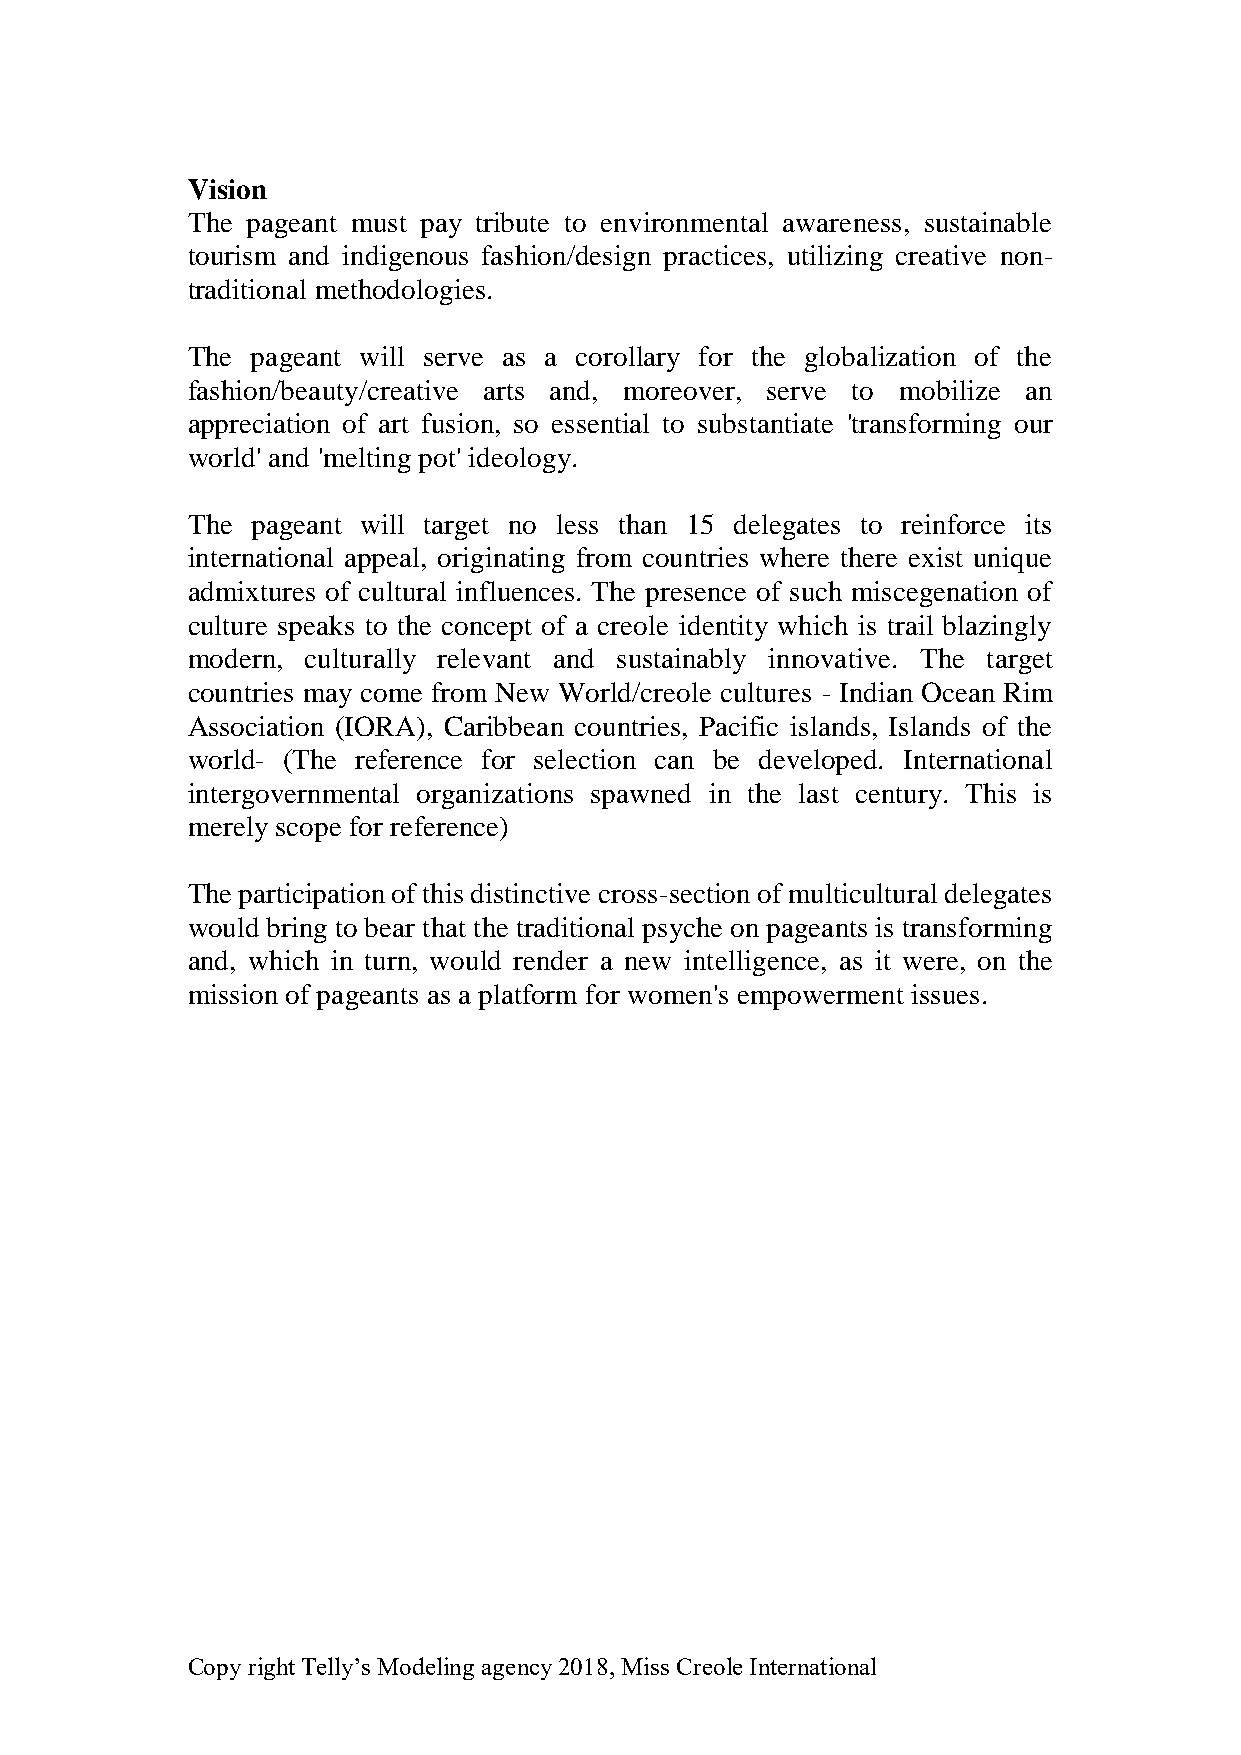
Vision
 The pageant must pay tribute to environmental awareness, sustainable
 tourism and indigenous fashion/design practices, utilizing creative non-
 traditional methodologies.
 The  pageant will serve as a corollary for the globalization of the
 fashion/beauty/creative arts and, moreover, serve to mobilize an
 appreciation of art fusion, so essential to substantiate 'transforming our
 world' and 'melting pot' ideology.
 The  pageant will target no less than 15 delegates to reinforce its
 international appeal, originating from countries where there exist unique
 admixtures of cultural influences. The presence of such miscegenation of
 culture speaks to the concept of a creole identity which is trail blazingly
 modern, culturally relevant and sustainably innovative. The target
 countries may come from New World/creole cultures - Indian Ocean Rim
 Association (IORA), Caribbean countries, Pacific islands, Islands of the
 world- (The reference for selection can be developed. International
 intergovernmental organizations spawned in the last century. This is
 merely scope for reference)
 The participation of this distinctive cross-section of multicultural delegates
 would bring to bear that the traditional psyche on pageants is transforming
 and, which in turn, would render a new intelligence, as it were, on the
 mission of pageants as a platform for women's empowerment issues.
 Copy right Telly’s Modeling agency 2018, Miss Creole International